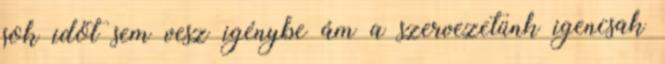
sok időt sem vesz igénybe ám a szervezetünk igencsak